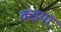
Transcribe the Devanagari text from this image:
कइया